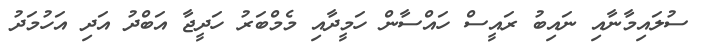
ސުލައިމާނާއި ނައިބު ރައީސް ހައްސާން ހަމީދާއި މެމްބަރު ހަދީޖާ އަބްދު އަދި އަހުމަދު